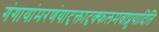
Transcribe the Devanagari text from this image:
गंगायांमरणंयादृक्तादृक्फलमवाप्नुयादिति